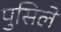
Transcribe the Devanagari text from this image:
पुसिले